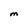
Character: M